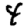
Digit: 4